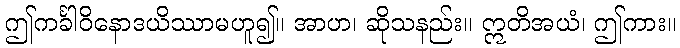
ဤကင်္ခါဝိနောဒယိဿာမဟူ၍။ အာဟ၊ ဆိုသနည်း။ ဣတိအယံ၊ ဤကား။